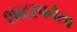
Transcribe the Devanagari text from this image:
शब्दरचनेला